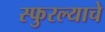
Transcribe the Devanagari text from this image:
स्फुरल्याचे